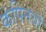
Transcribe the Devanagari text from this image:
कंपिनयों